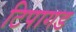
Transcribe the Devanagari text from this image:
टिपागड